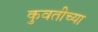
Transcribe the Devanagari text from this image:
कुवतीच्या